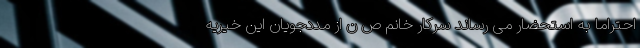
احتراماً به استحضار می رساند سرکار خانم ص ن از مددجویان این خیریه